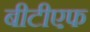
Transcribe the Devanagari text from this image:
बीटीएफ